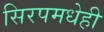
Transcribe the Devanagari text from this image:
सिरपमधेही